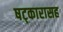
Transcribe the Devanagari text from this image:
षट्‍कारासह